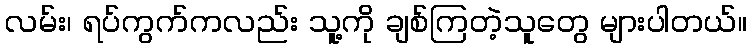
လမ်း၊ ရပ်ကွက်ကလည်း သူ့ကို ချစ်ကြတဲ့သူတွေ များပါတယ်။